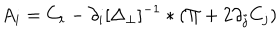
A _ { i } = C _ { i } - { \partial _ { i } } [ \Delta _ { \perp } ] ^ { - 1 } * ( \Pi + 2 \partial _ { j } C _ { j } )